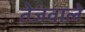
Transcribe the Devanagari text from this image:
तेजवाले